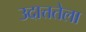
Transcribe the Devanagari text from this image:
उदात्ततेला